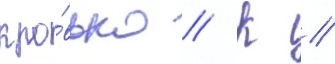
кро́вью // К //